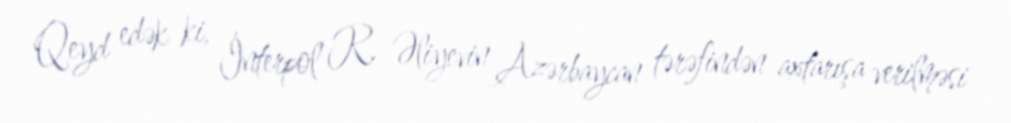
Qeyd edək ki, İnterpol R. Əliyevin Azərbaycan tərəfindən axtarışa verilməsi